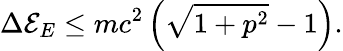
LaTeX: \Delta\mathcal{E}_{E}\leq mc^{2}\left(\sqrt{1+p^{2}}-1\right).